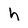
Character: h